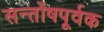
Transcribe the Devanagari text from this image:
सन्तोंषपूर्वक